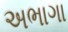
અભાગા